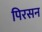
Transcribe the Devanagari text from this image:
पिरसन